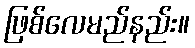
ဖြစ်လေမည်နည်း။